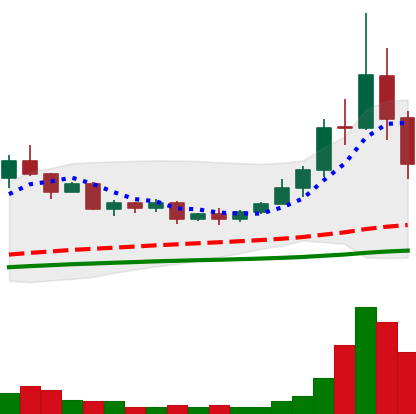
Ticker: TRX-USD
Chart end date: 2020-09-05
Forward return: 10.268%
Label: up_7plus